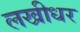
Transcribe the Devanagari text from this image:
लखीधर